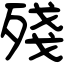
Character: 殘